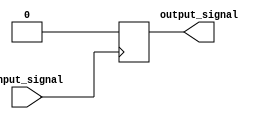
module voltage_level_shifter (
    input wire input_signal,
    output reg output_signal
);

// Detect input voltage level and translate to appropriate output voltage level
always @ (posedge input_signal)
begin
    if (input_signal == 1'b1) // Detect high input voltage level
        output_signal <= 1'b0; // Translate to low output voltage level
    else if (input_signal == 1'b0) // Detect low input voltage level
        output_signal <= 1'b1; // Translate to high output voltage level
    
    // Add any necessary buffers or level shifting circuitry here
end

endmodule